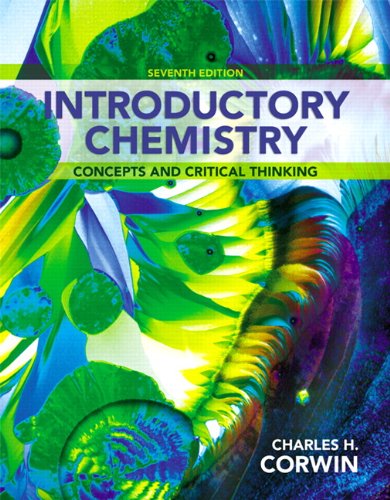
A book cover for Introductory Chemistry: Concepts and Critical Thinking (7th Edition); Charles H. Corwin; Science & Math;